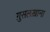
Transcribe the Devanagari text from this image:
ग़ुसलख़ाना